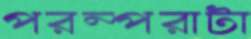
পরম্পরাটা